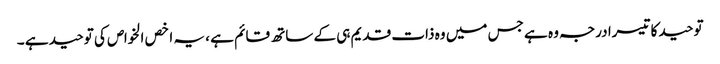
توحید کا تیسرا درجہ وہ ہے جس میں وہ ذات قدیم ہی کے ساتھ قائم ہے ، یہ اخص الخواص کی توحید ہے ۔